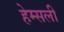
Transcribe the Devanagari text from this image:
हेम्सली